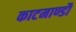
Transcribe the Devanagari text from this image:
काटमाण्डौ